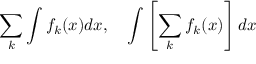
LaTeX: \sum _ { k } \int f _ { k } ( x ) d x , \quad \int \left[ \sum _ { k } f _ { k } ( x ) \right] d x